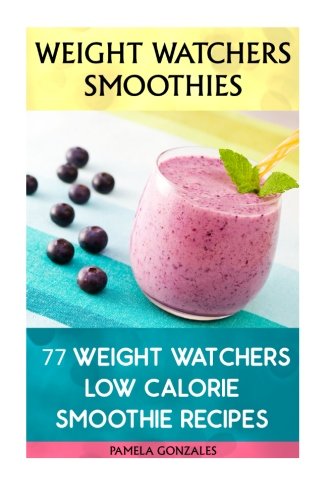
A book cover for Weight Watchers Smoothies: 77 Weight Watchers Low Calorie Smoothie Recipes: (Weight Watchers Simple Start ,Weight Watchers for Beginners, Simple Start ... Simple Diet Plan With No Calorie Counting); Pamela Gonzales; Cookbooks, Food & Wine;